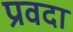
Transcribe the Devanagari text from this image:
प्रवदा